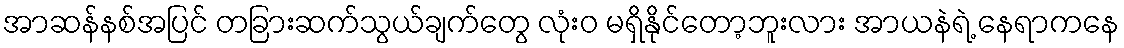
အာဆန်နစ်အပြင် တခြားဆက်သွယ်ချက်တွေ လုံးဝ မရှိနိုင်တော့ဘူးလား အာယနဲရဲ့ နေရာကနေ